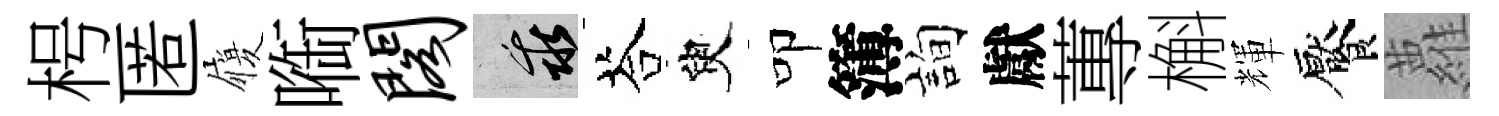
枵匿履㗸阁乖荅臾叩簿詢獻蓴槲輝饜蘿